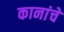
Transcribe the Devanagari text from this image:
कानांचे